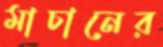
মাচানের